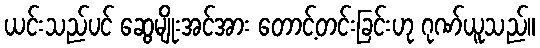
ယင်းသည်ပင် ဆွေမျိုးအင်အား တောင့်တင်းခြင်းဟု ဂုဏ်ယူသည်။